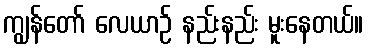
ကျွန်တော် လေယာဉ် နည်းနည်း မူးနေတယ်။